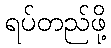
ရပ်တည်ဖို့